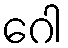
ဂေါ